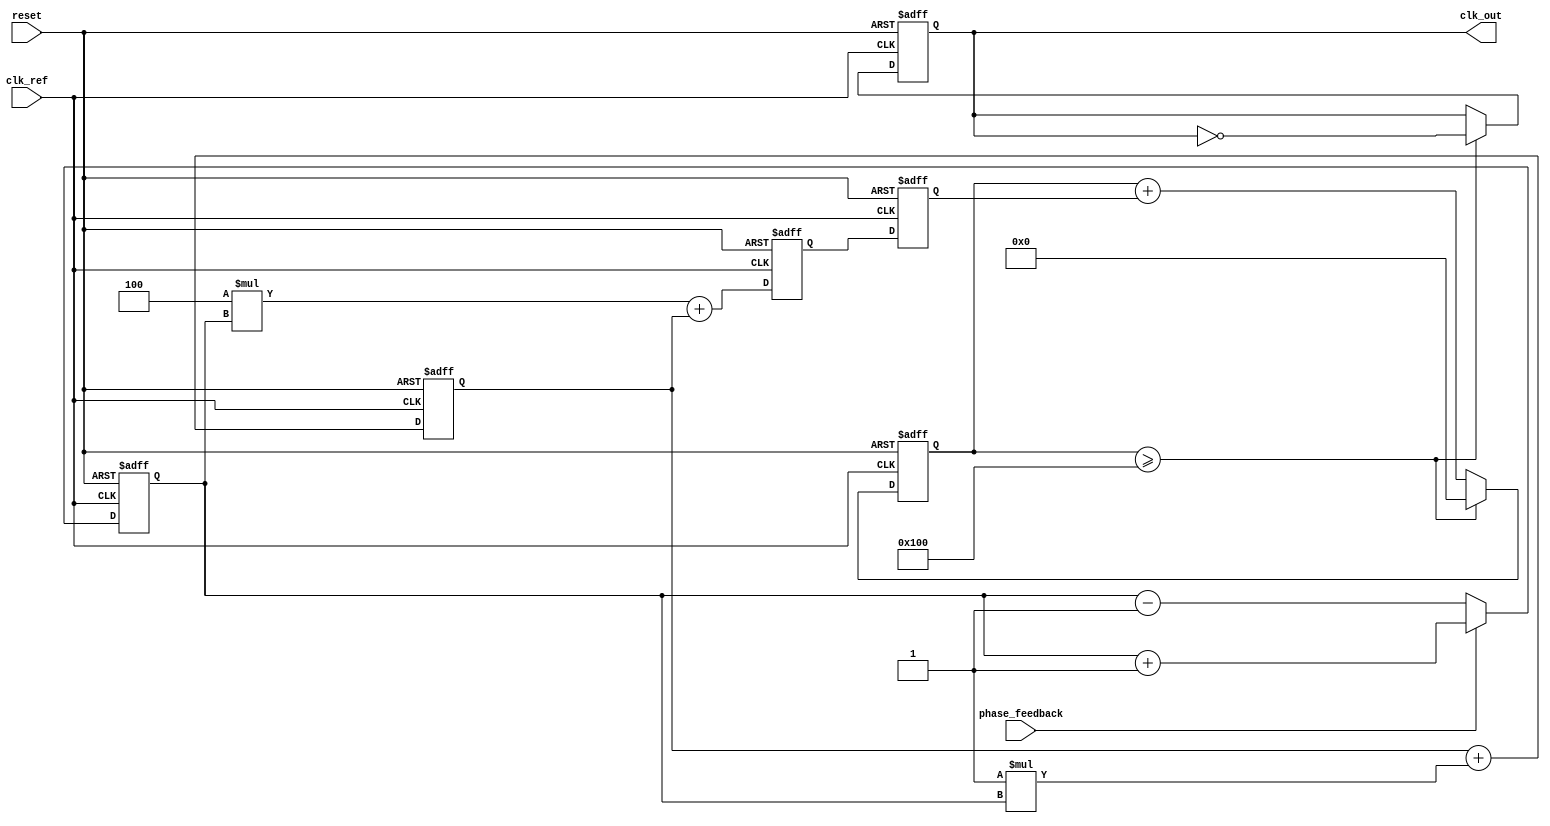
module ADPLL (
    input wire clk_ref,          // Reference clock input
    input wire reset,            // Reset signal
    input wire phase_feedback,   // Feedback phase signal
    output reg clk_out           // Output clock signal
);

// Parameters
parameter N = 8;                // Bit width for counters
parameter PI_GAIN = 4;          // Proportional gain
parameter I_GAIN = 1;           // Integral gain

// State variables
reg [N-1:0] phase_counter;      // Phase counter
reg [N-1:0] vco_freq;           // VCO frequency control
reg [N-1:0] error_signal;       // Error signal from phase detector
reg [N-1:0] loop_filter;        // Loop filter output
reg [N-1:0] integral;           // Integral part of the loop filter

// Phase Detector
always @(posedge clk_ref or posedge reset) begin
    if (reset) begin
        error_signal <= 0;
    end else begin
        // Simple phase error detection (example)
        if (phase_feedback) begin
            error_signal <= error_signal + 1; // Phase is ahead
        end else begin
            error_signal <= error_signal - 1; // Phase is behind
        end
    end
end

// Loop Filter (PI Filter)
always @(posedge clk_ref or posedge reset) begin
    if (reset) begin
        loop_filter <= 0;
        integral <= 0;
    end else begin
        // Proportional part
        loop_filter <= (PI_GAIN * error_signal) + integral;
        // Integral part
        integral <= integral + (I_GAIN * error_signal);
    end
end

// Voltage-Controlled Oscillator (VCO)
always @(posedge clk_ref or posedge reset) begin
    if (reset) begin
        vco_freq <= 0;
    end else begin
        vco_freq <= loop_filter; // Set VCO frequency based on loop filter output
    end
end

// Clock Output Generation
always @(posedge clk_ref or posedge reset) begin
    if (reset) begin
        clk_out <= 0;
        phase_counter <= 0;
    end else begin
        // Increment phase counter based on VCO frequency
        phase_counter <= phase_counter + vco_freq;
        // Generate output clock based on phase counter
        if (phase_counter >= (1 << N)) begin
            clk_out <= ~clk_out; // Toggle output clock
            phase_counter <= 0;   // Reset phase counter
        end
    end
end

endmodule